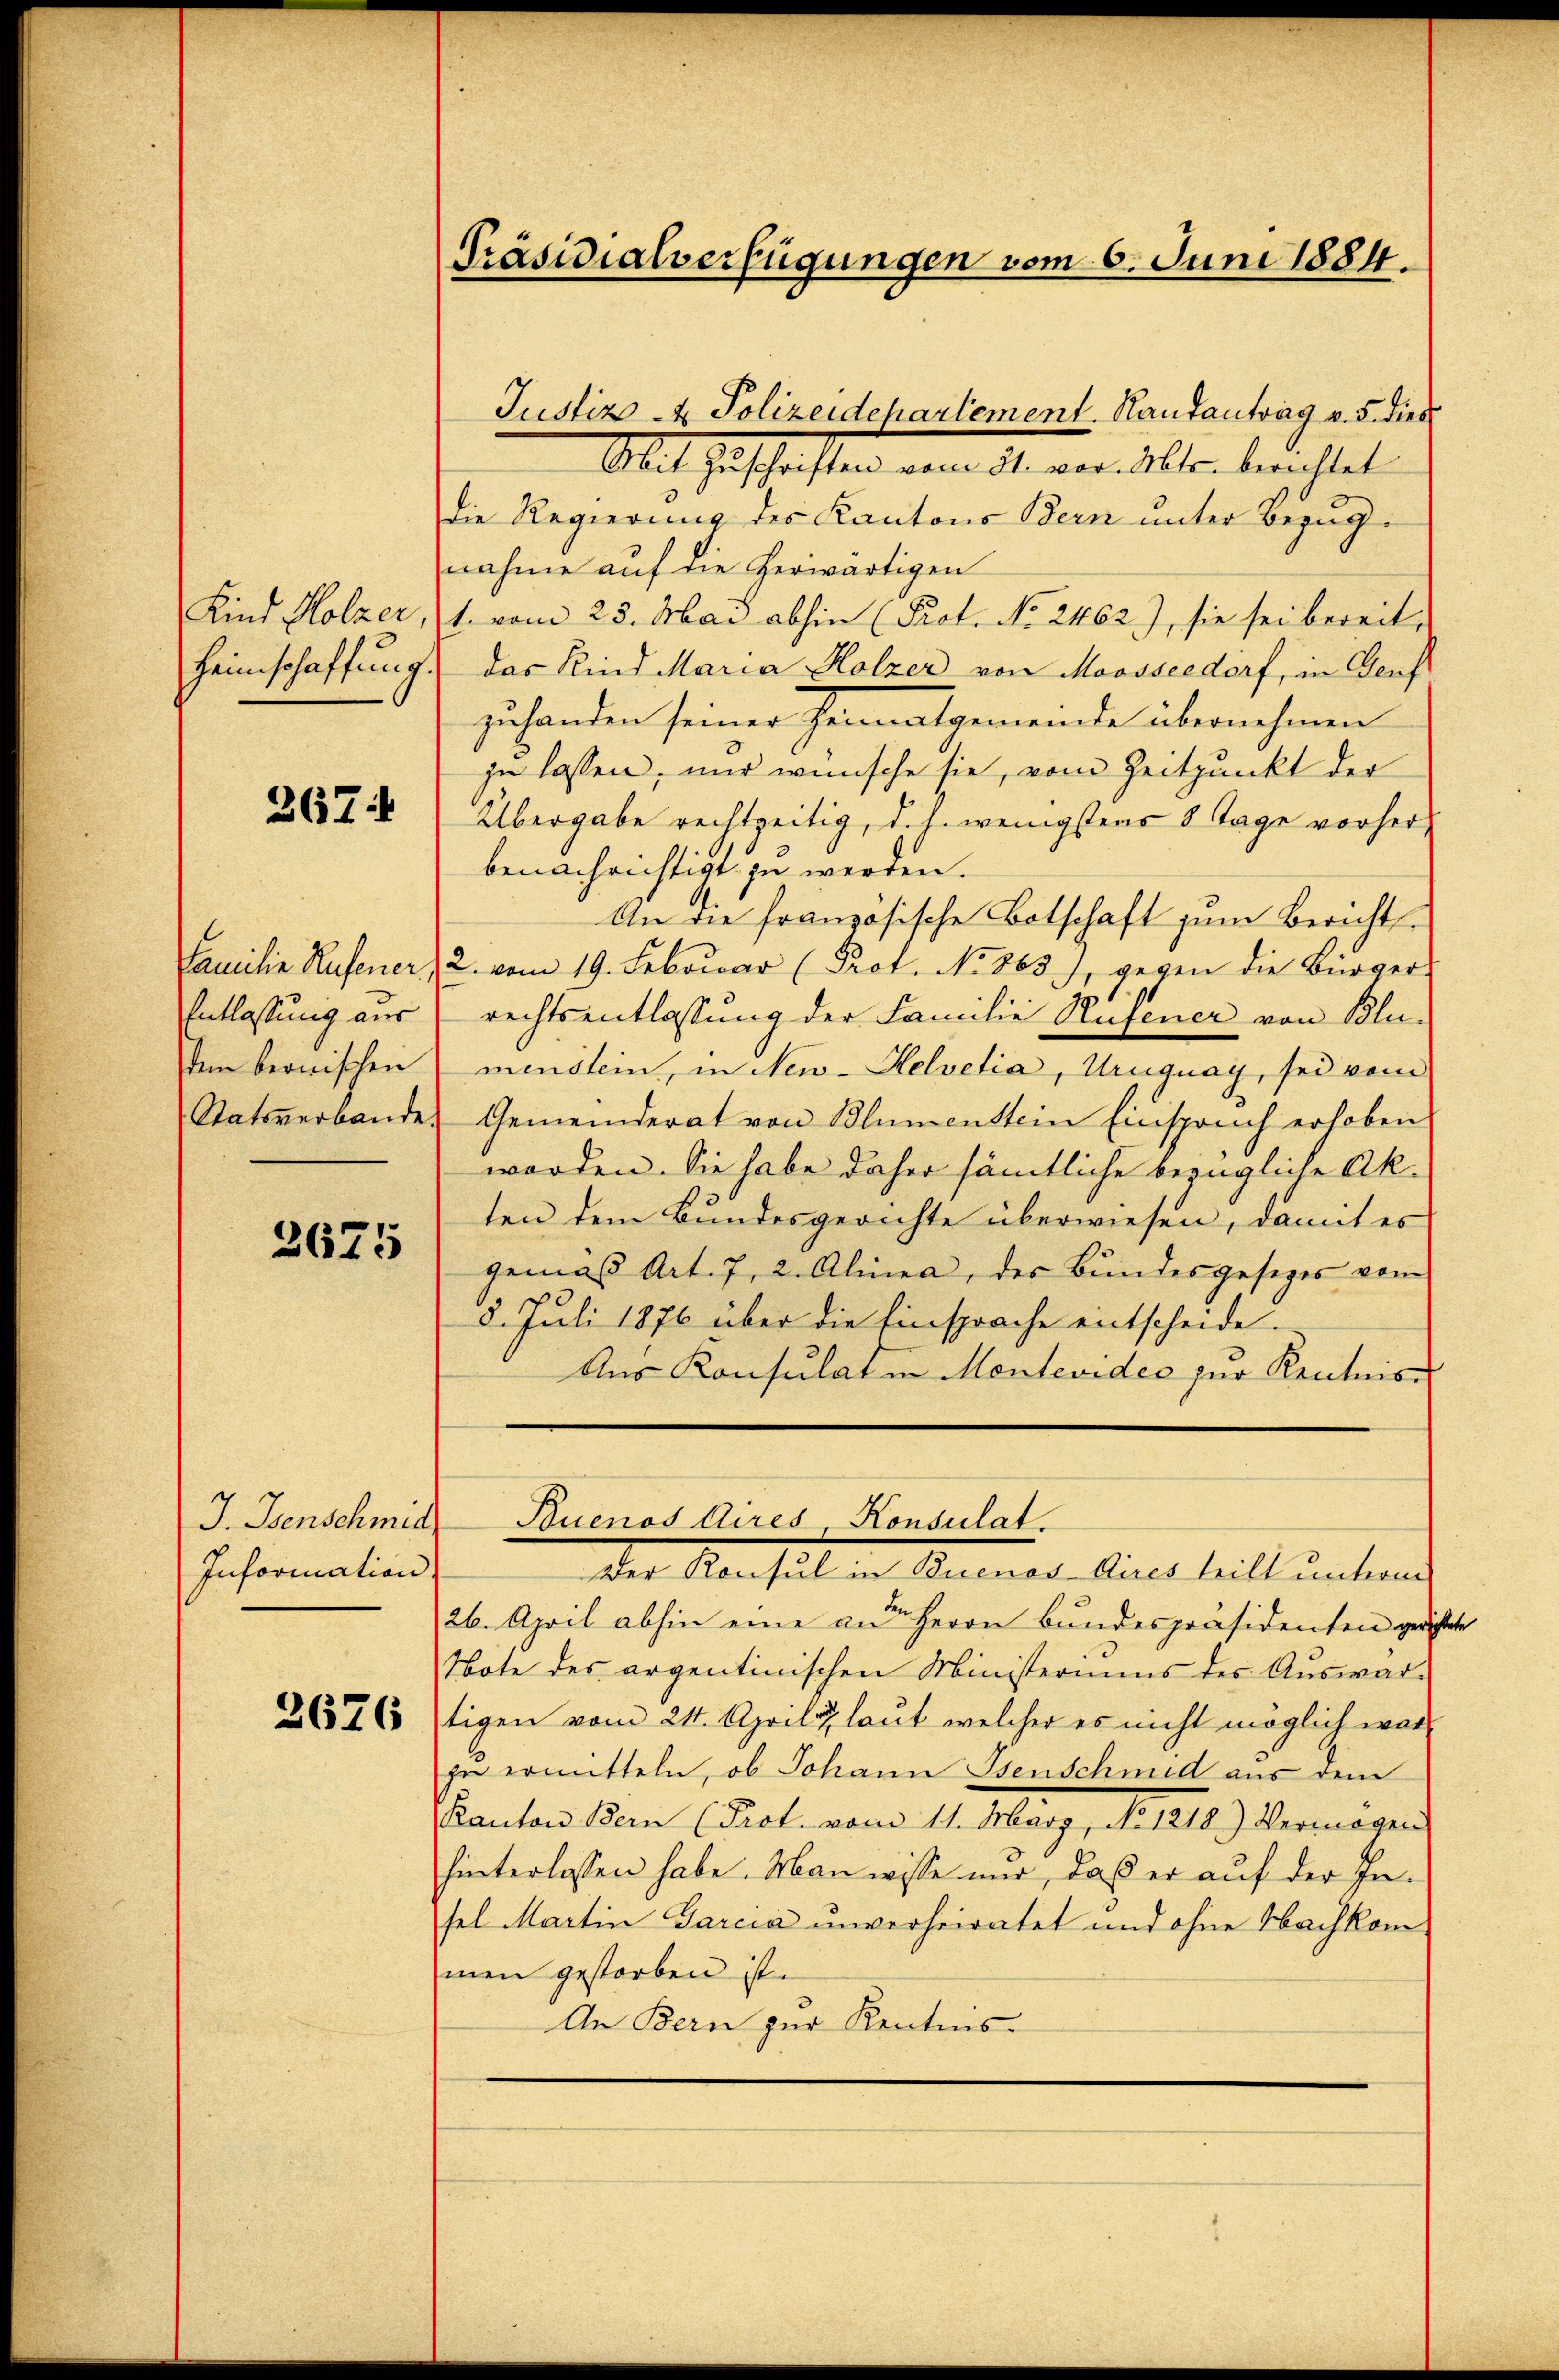
Heimschaffung.

367.

Entlassung aus
tem bernischen
Statsverbande.

2675

J. Isenschmid
Information

2676

Präsidialverfügungen vom 6. Juni 1884.

Mit Zuschriften vom 31. vor Alte. berechtet
Die Regierung des Kantons Bern unter Bezugnahme auf die herwärtigen
Kind Holzer, 1. vom 23. Mai abhin (Prot. No. 2462), sie sei bereit-
das Kind Maria Holzer von Moosseedorf, in Genf
zuhanden seiner Heimatgemeinde übernehmen
zu lassen, nur wünsche sie, vom Zeitpunkt der
Übergabe rechtzeitig, d. h. wenigstens 8 Tage vorherbenachrichtigt zu werden.
An die französische Botschaft zum Berichts¬
Familie Rufener, 2. vom 19. Februar (Prot. No. 863), gegen die Bürger-
rechtsentlassung der Familie Hufener von Blumenstein, in New-Helvetia, Uruguay, sei vom
Gemeinderat von Blumenstein Einspruch erhoben
worden. Sie habe daher sämmtliche bezügliche Akten dem Bundesgerichte überwiesen, damit es
gemäß Art. 7, 2. Alinea, der Bundesgesezes vom
8. Juli 1876 über die Einsprache entscheide.
Aŭs Konsulat in Montevideo zŭr Kentnis-

Justiz- & Polizeidepartement. Rautantrag v. 5. dies

Buenos Aires Konsulat.

Der Konsul in Buenos Aires teilt unterm
26. April abhin eine an Herrn Bundespräsidenten gerichtete
Note des argentinischen Ministeriums des Auswar-
tigen vom 24. April laut welcher es nicht möglich warzu ermitteln, ob Johann Isenschmid aus dem
Canton Ban (Pact. vom 11. März, N. 1218) Vermögen
hinterlassen habe. Man wisse mir, daß er auf der Insel Martin Garcia unverheiratet und ohne Nachkommen gestorben ist.
An Bern zur Kentnis-